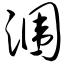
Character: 涠